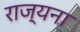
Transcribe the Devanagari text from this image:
राज्यना